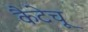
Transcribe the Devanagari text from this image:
कैटेचू